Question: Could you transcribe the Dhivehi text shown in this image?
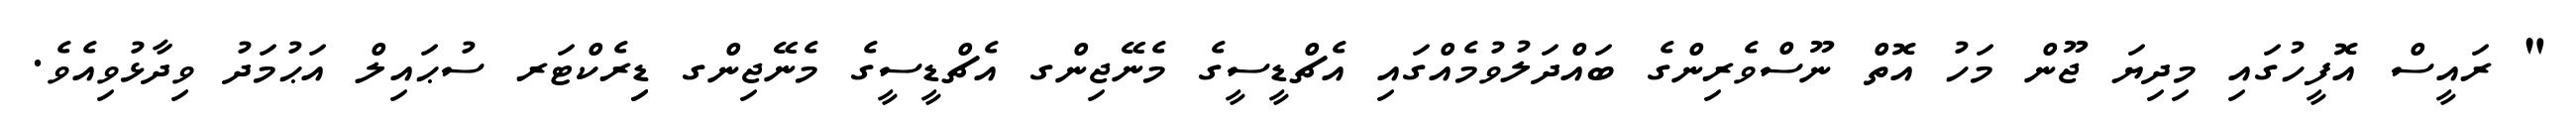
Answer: " ރައީސް އޮފީހުގައި މިދިޔަ ޖޫން މަހު އޮތް ނޫސްވެރިންގެ ބައްދަލުވުމެއްގައި އެޗްޑީސީގެ މެނޭޖިންގ އެޗްޑީސީގެ މެނޭޖިންގ ޑިިރެކްޓަރ ސުޙައިލް އަޙުމަދު ވިދާޅުވިއެވެ.